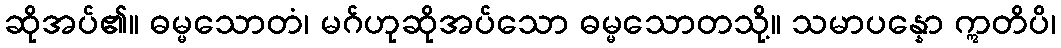
ဆိုအပ်၏။ ဓမ္မသောတံ၊ မဂ်ဟုဆိုအပ်သော ဓမ္မသောတသို့။ သမာပန္နော ဣတိပိ၊